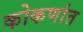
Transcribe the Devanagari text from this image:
कोकणांत